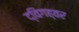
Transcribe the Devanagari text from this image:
द्विगह्वर